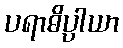
ပရာဓိပ္ပါယာ